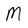
Character: M